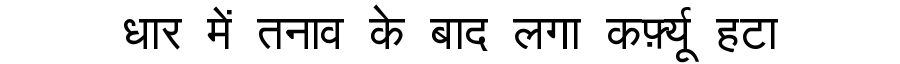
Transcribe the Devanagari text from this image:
धार में तनाव के बाद लगा कर्फ़्यू हटा